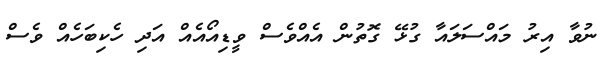
ނުވާ އިރު މައްސަލައާ ގުޅޭ ގޮތުން އެއްވެސް ވީޑިއޯއެއް އަދި ހެކިބަހެއް ވެސް